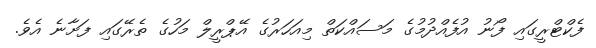
ފެކްޓްރީގައި ފޯނު އުފެއްދުމުގެ މަސައްކަތް މިއަހަރުގެ އޭޕްރީލް މަހުގެ ތެރޭގައި ފަށާނެ އެވެ.